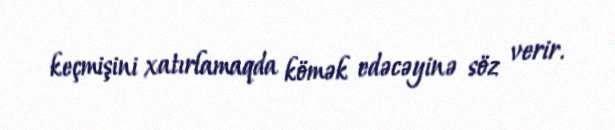
keçmişini xatırlamaqda kömək edəcəyinə söz verir.